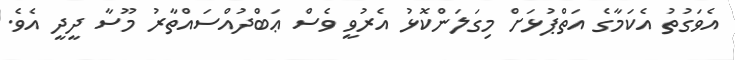
އެވަގުތު އެކަމާގެ އަތްޕުޅަށް މިގަލަންކޮޅު އެރުވީ ވެސް ޢަބްދުއްސައްތާރު މޫސާ ދީދީ އެވެ.